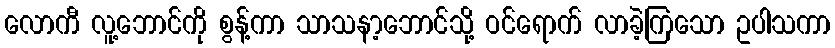
လောကီ လူ့ဘောင်ကို စွန့်ကာ သာသနာ့ဘောင်သို့ ဝင်ရောက် လာခဲ့ကြသော ဥပါသကာ